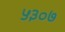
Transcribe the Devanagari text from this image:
५३०७